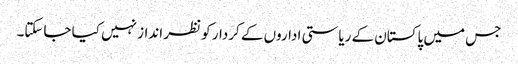
جس میں پاکستان کے ریاستی اداروں کے کردار کو نظر انداز نہیں کیا جاسکتا۔